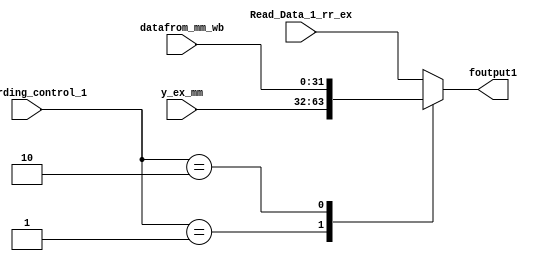
`timescale 1ns / 1ps

module forwarding_mux1(input [1:0] Forwarding_control_1,input [31:0] Read_Data_1_rr_ex,
                        input [31:0] y_ex_mm, input [31:0] datafrom_mm_wb, output reg [31:0] foutput1);

always@(*)
begin
  case(Forwarding_control_1)
  
      2'b00:foutput1<=Read_Data_1_rr_ex;
      2'b01:foutput1<=y_ex_mm;
      2'b10:foutput1<=datafrom_mm_wb;
      default:foutput1<=Read_Data_1_rr_ex;
  endcase
end
endmodule